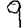
Digit: 9